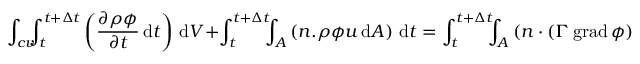
\int _ { c v } \! \! \! \int _ { t } ^ { t + \Delta t } \left( { \frac { \partial \rho \phi } { \partial t } } \, \mathrm { d } t \right) \, \mathrm { d } V + \int _ { t } ^ { t + \Delta t } \! \! \! \int _ { A } \left( n . { \rho \phi u } \, \mathrm { d } A \right) \, \mathrm { d } t = \int _ { t } ^ { t + \Delta t } \! \! \! \int _ { A } \left( n \cdot \left( \Gamma \operatorname { g r a d } \phi \right) \, \mathrm { d } A \right) \, \mathrm { d } t + \int _ { t } ^ { t + \Delta t } \! \! \! \int _ { c v } S _ { \phi } \, \mathrm { d } V \, \mathrm { d } t